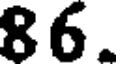
86.